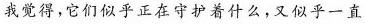
我觉得，它们似乎正在守护着什么，又似乎一直